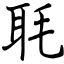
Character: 毦